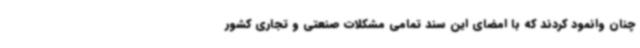
چنان وانمود کردند که با امضای این سند تمامی مشکلات صنعتی و تجاری کشور